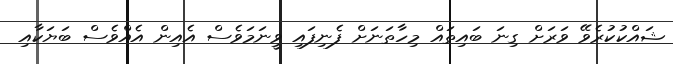
ޝައްކުކުރެވޭ ވަރަށް ގިނަ ބައިތައް މިހާތަނަށް ފެނިފައި ވީނަމަވެސް އެއިން އެއްވެސް ބަޔަކާއި